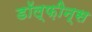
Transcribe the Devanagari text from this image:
डॉल्फ़ीन्स